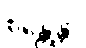
စိန္တေန္တာ